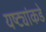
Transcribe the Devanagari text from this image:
यष्ट्यांकडे